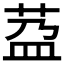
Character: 𦰆